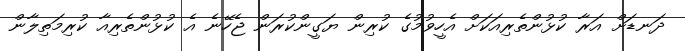
ދަނޑަށް އަރާ ކުޅުންތެރިއަކަށް އެހީވުމުގެ ކުރިން ޔަގީންކުރަން ޖެހޭނެ އެ ކުޅުންތެރިއާ ކުރިމަތިލާން